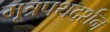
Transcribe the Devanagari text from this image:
मूत्रपथदर्शन